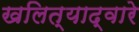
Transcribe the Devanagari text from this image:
खलित्याद्वारे